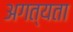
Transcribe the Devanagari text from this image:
अगत्यता